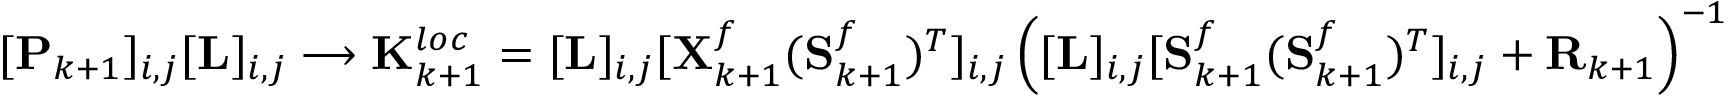
[ \mathbf { P } _ { k + 1 } ] _ { i , j } [ \mathbf { L } ] _ { i , j } \longrightarrow { \mathbf { K } _ { k + 1 } ^ { l o c } = [ \mathbf { L } ] _ { i , j } [ \mathbf { X } _ { k + 1 } ^ { f } ( \mathbf { S } _ { k + 1 } ^ { f } ) ^ { T } ] _ { i , j } \left( [ \mathbf { L } ] _ { i , j } [ \mathbf { S } _ { k + 1 } ^ { f } ( \mathbf { S } _ { k + 1 } ^ { f } ) ^ { T } ] _ { i , j } + \mathbf { R } _ { k + 1 } \right) ^ { - 1 } }